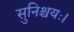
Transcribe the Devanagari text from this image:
सुनिश्चयः।